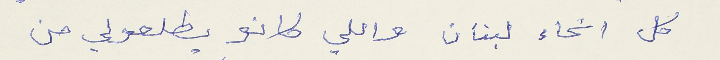
كل انحاء لبنان واللي كانو يطلعولي من